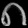
Digit: ၈